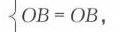
\(OB = OB\)，